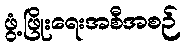
ဖွံ့ဖြိုးရေးအစီအစဉ်